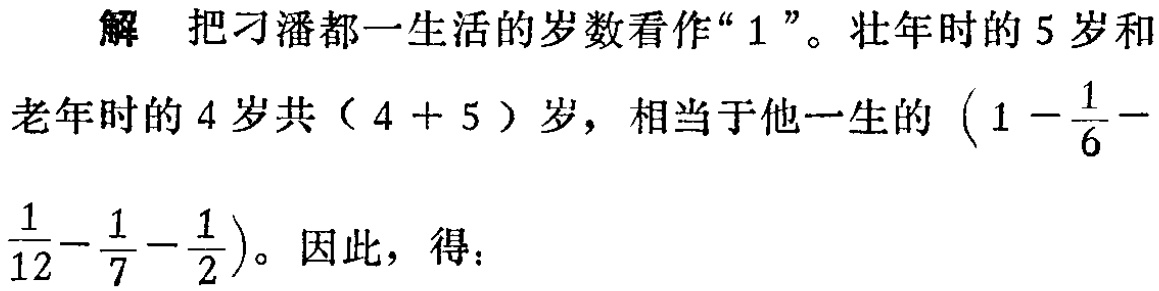
解 把刁潘都一生活的岁数看作“$1$”。壮年时的$5$岁和老年时的$4$岁共（$4 + 5$）岁，相当于他一生的$\left(1 - \dfrac{1}{6} - \dfrac{1}{12} - \dfrac{1}{7} - \dfrac{1}{2}\right)$。因此，得：